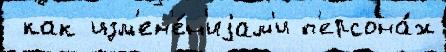
 как изм'ен'е́н'иjам'и п'ерсона́ж